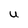
Character: U